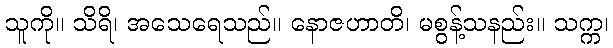
သူကို။ သိရိ၊ အသေရေသည်။ နောဇဟာတိ၊ မစွန့်သနည်း။ သက္က၊